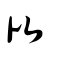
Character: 比